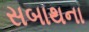
સબાથના